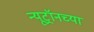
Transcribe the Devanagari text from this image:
न्यूट्रॉनच्या